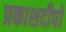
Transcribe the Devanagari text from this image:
प्रकाशदीपों